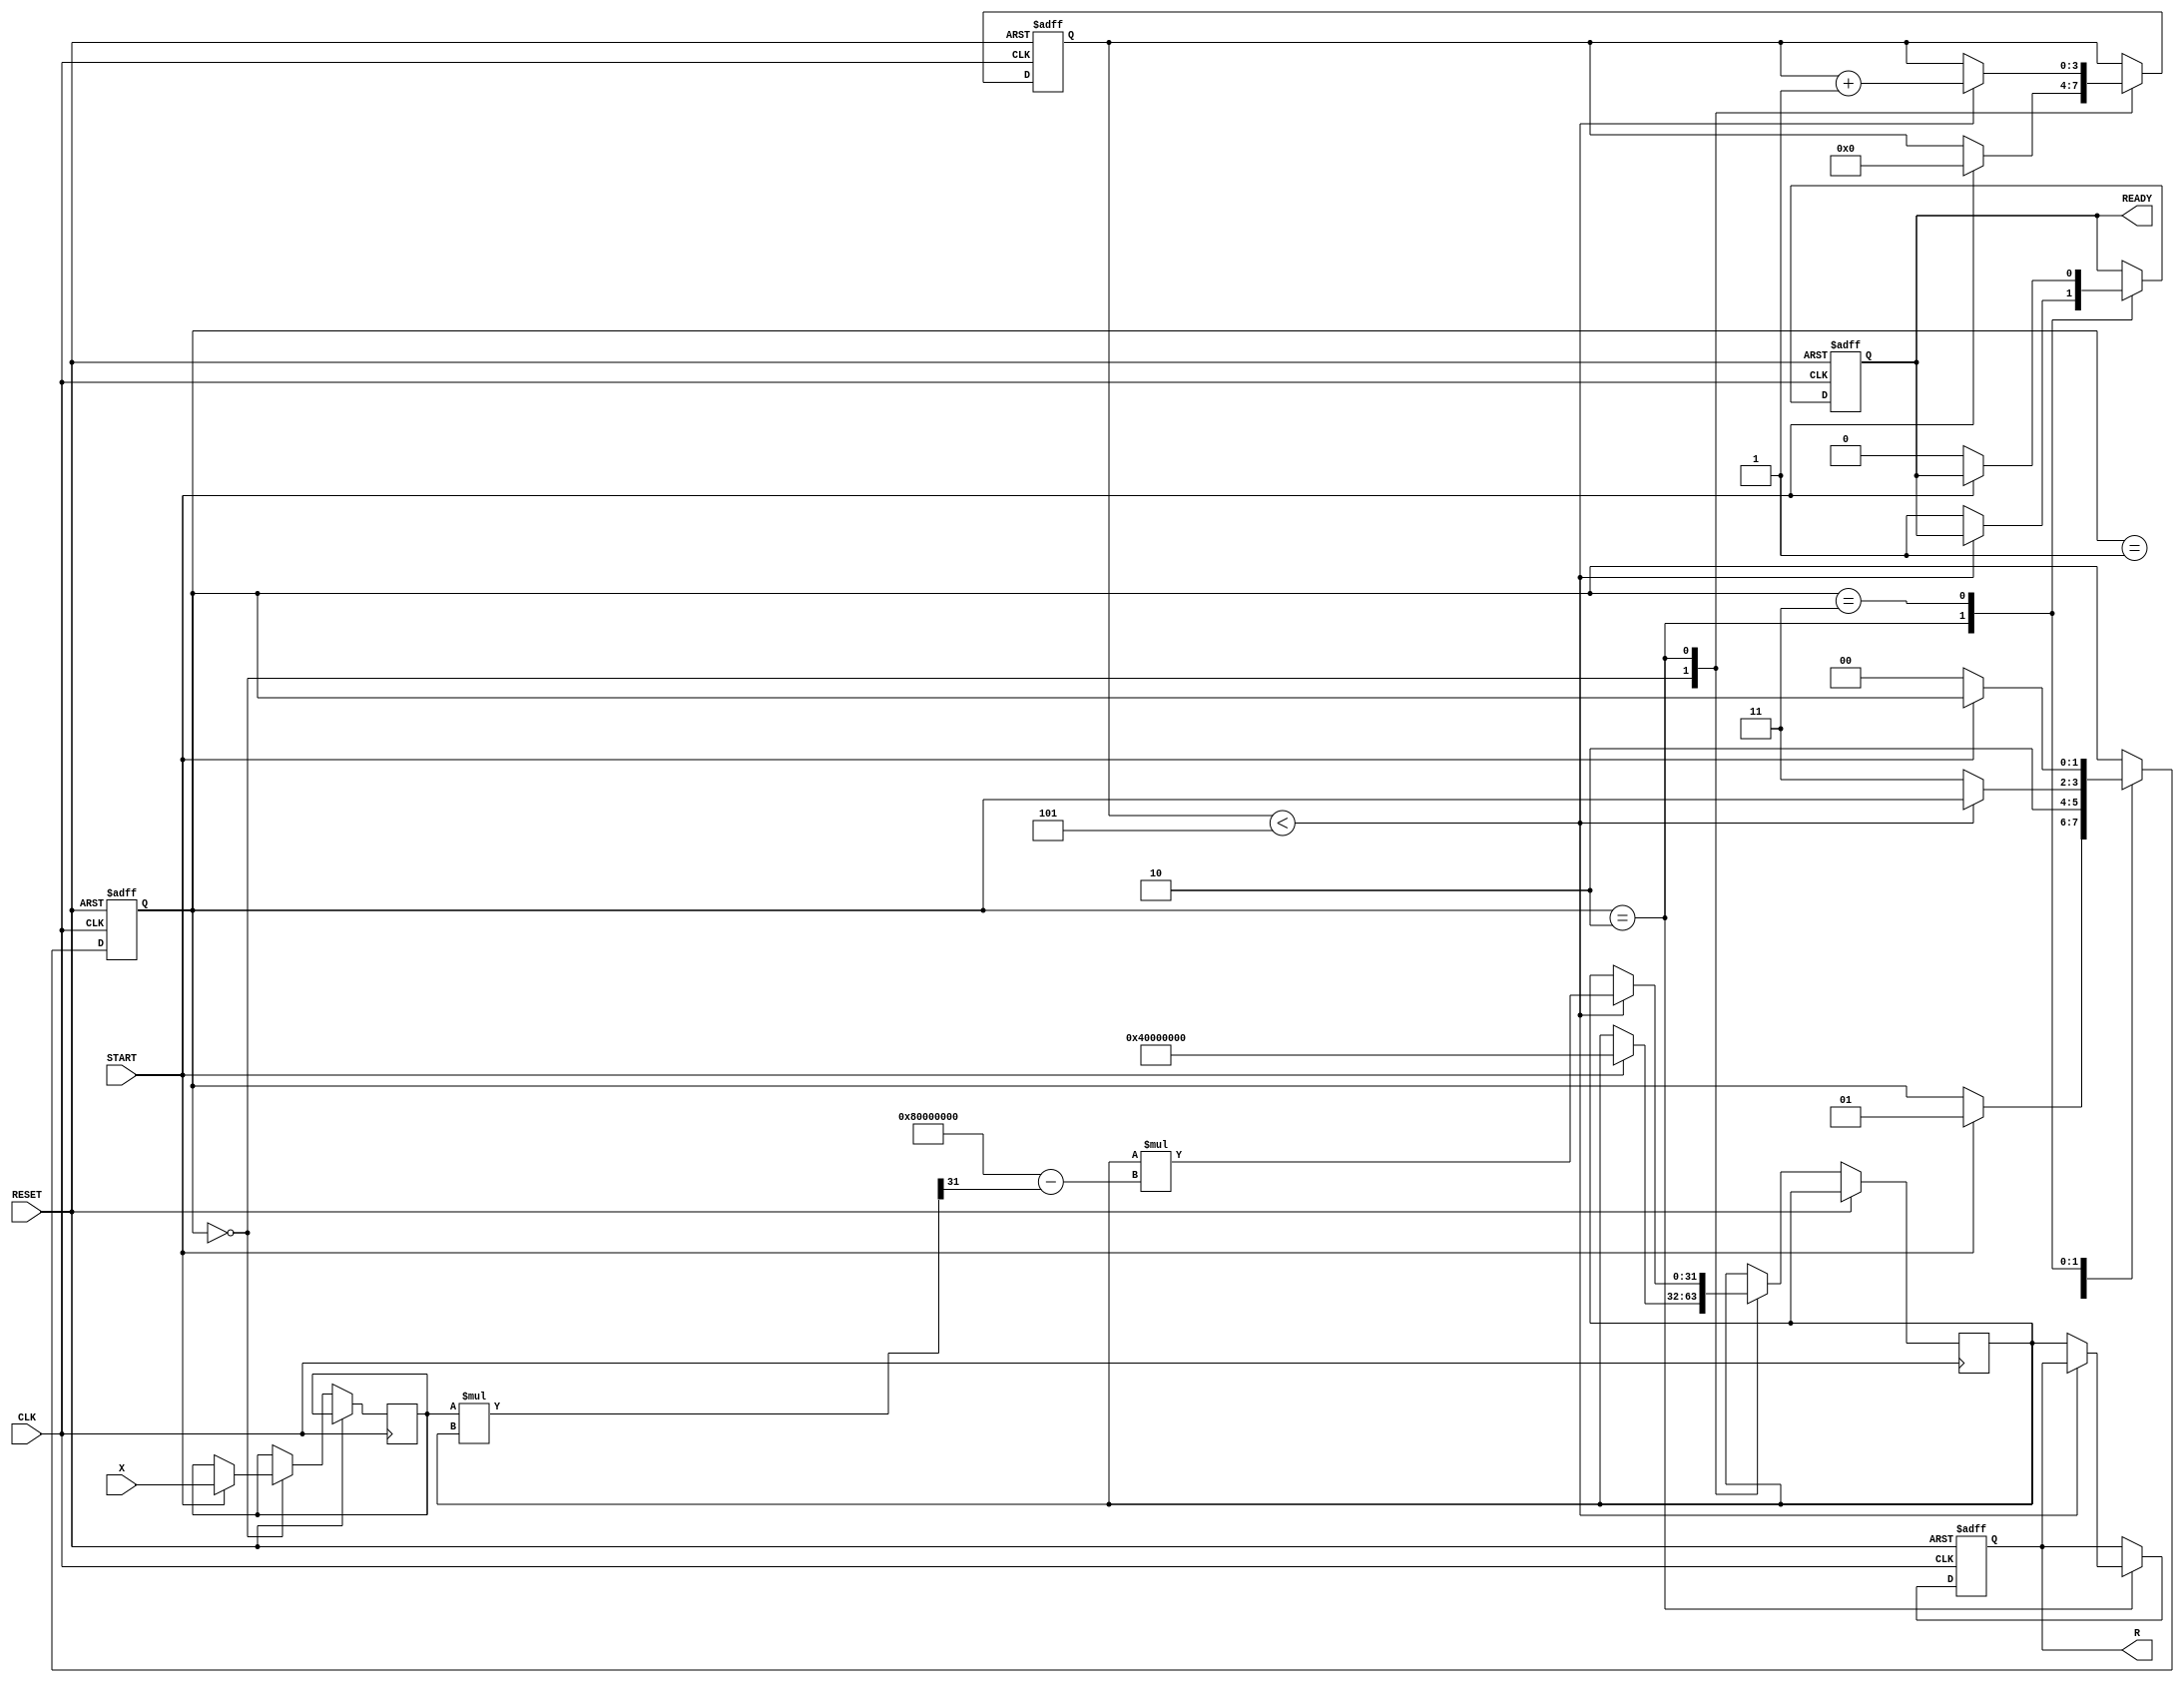
module NewtonRaphsonReciprocal (
    input wire [31:0] X,          // Input data
    input wire START,             // Start signal
    input wire CLK,               // Clock signal
    input wire RESET,             // Reset signal
    output reg [31:0] R,          // Reciprocal result
    output reg READY              // Ready signal
);

    // Internal Registers
    reg [31:0] X_reg;             // Register to hold input value
    reg [31:0] R_reg;             // Register for current approximation
    reg [3:0] iteration_count;    // Count of iterations
    reg [1:0] state;              // State for FSM

    // State encoding
    localparam IDLE = 2'b00,
               INIT = 2'b01,
               ITERATE = 2'b10,
               DONE = 2'b11;

    // Initialize
    initial begin
        R = 32'b0;
        READY = 1'b0;
        iteration_count = 4'b0;
        state = IDLE;
    end

    // Main sequential logic
    always @(posedge CLK or posedge RESET) begin
        if (RESET) begin
            R <= 32'b0;
            READY <= 1'b0;
            iteration_count <= 4'b0;
            state <= IDLE;
        end else begin
            case (state)
                IDLE: begin
                    if (START) begin
                        X_reg <= X;
                        R_reg <= 32'h40000000; // Initial guess: 1.0 in fixed-point (32.0)
                        iteration_count <= 4'b0;
                        state <= INIT;
                    end
                end
                
                INIT: begin
                    // Move to iterate state
                    state <= ITERATE;
                end
                
                ITERATE: begin
                    // Perform the Newton-Raphson iteration
                    // R_new = R_old * (2 - X * R_old)
                    if (iteration_count < 4'd5) begin // Limit to 5 iterations for example
                        R_reg <= R_reg * (32'h80000000 - (X_reg * R_reg >> 31)); // Fixed-point multiply
                        iteration_count <= iteration_count + 1;
                    end else begin
                        // Complete the iteration
                        R <= R_reg;
                        READY <= 1'b1;
                        state <= DONE;
                    end
                end
                
                DONE: begin
                    // Wait for next START signal
                    if (!START) begin
                        READY <= 1'b0;
                        state <= IDLE;
                    end
                end
                
                default: state <= IDLE;
            endcase
        end
    end

endmodule